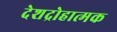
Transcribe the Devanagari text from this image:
देशद्रोहात्मक